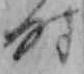
時